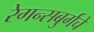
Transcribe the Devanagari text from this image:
रेगन्सबुर्गचे